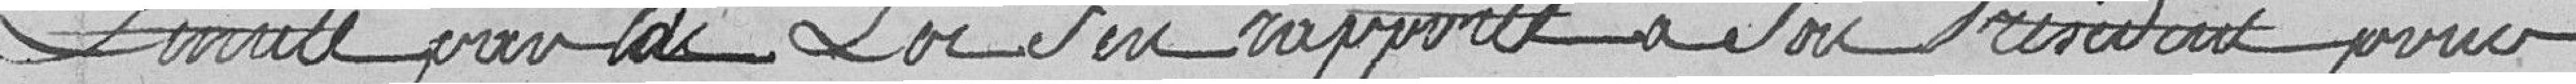
limité par la loi s'en rapporte à son Président pour